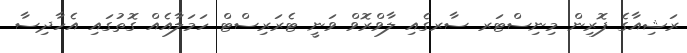
ރަޝިއާގެ ފޮރިން މިނިސްޓަރ ސާރގެއި ލާވްރޮވް ވަނީ ޓެރަރިސްޓް ހަމަލާއެއް ގޮތުގައި އެހާދިސާ